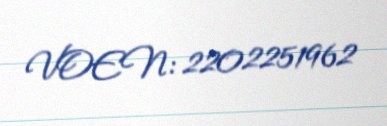
VOEN: 2202251962